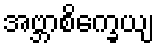
အဗ္ဘာစိက္ခေယျ